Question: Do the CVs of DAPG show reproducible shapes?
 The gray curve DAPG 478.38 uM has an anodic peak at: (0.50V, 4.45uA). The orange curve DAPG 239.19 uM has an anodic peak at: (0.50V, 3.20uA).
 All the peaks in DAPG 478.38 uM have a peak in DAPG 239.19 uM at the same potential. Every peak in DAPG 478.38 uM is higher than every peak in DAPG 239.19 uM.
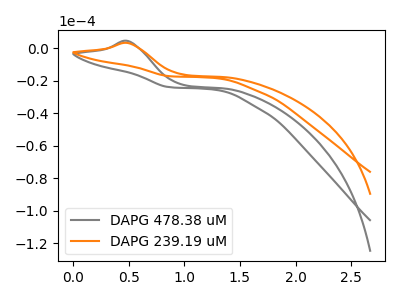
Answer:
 <answer>All the CV's of "DAPG" have similar shape.</answer>
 <eval>follow_rule</eval>